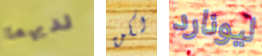
لديهما لكن ليونارد